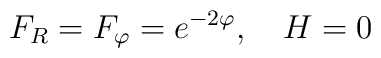
F_R=F_\varphi =e^{-2\varphi },\quad H=0